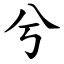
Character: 兮